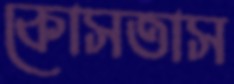
কোসতাস